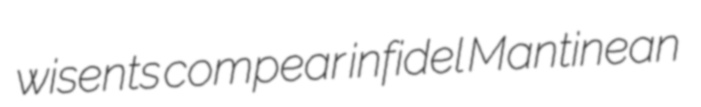
wisents compear infidel Mantinean